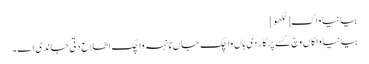
بیانیا واک[لکھو]
بیانیا واکاں وچ کسے پرکار دی ہاں واچک جاں نانہہ واچک اطلاع دتی جاندی اے ۔